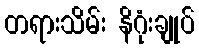
တရားသိမ်း နိဂုံးချုပ်